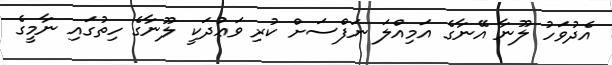
އެދުވަހު ލޫނާ އޭނާގެ އަމިއްލަ ނަފްސަށް ކުރި ވަޢުދަކީ ލޫނާގެ ހިތުގައި ނާމީގެ